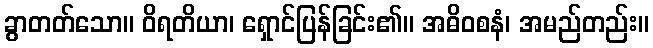
ခွာတတ်သော။ ဝိရတိယာ၊ ရှောင်ပြန်ခြင်း၏။ အဓိဝစနံ၊ အမည်တည်း။